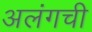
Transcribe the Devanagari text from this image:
अलंगची